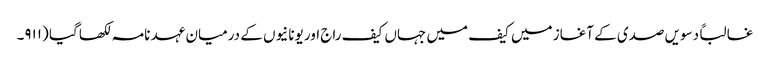
غالباً دسویں صدی کے آغاز میں کیف میں جہاں کیف راج اور یونانیوں کے درمیان عہد نامہ لکھا گیا (۹۱۱۔